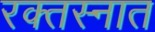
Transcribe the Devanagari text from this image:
रक्तस्नात